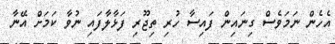
އެހެން ނަމަވެސް ގިނައިން ފައިސާ ހުރި ތިޖޫރި ފަޅާލާފައި ނުވާ ކަމަށް އޭނާ